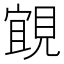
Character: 𮗗